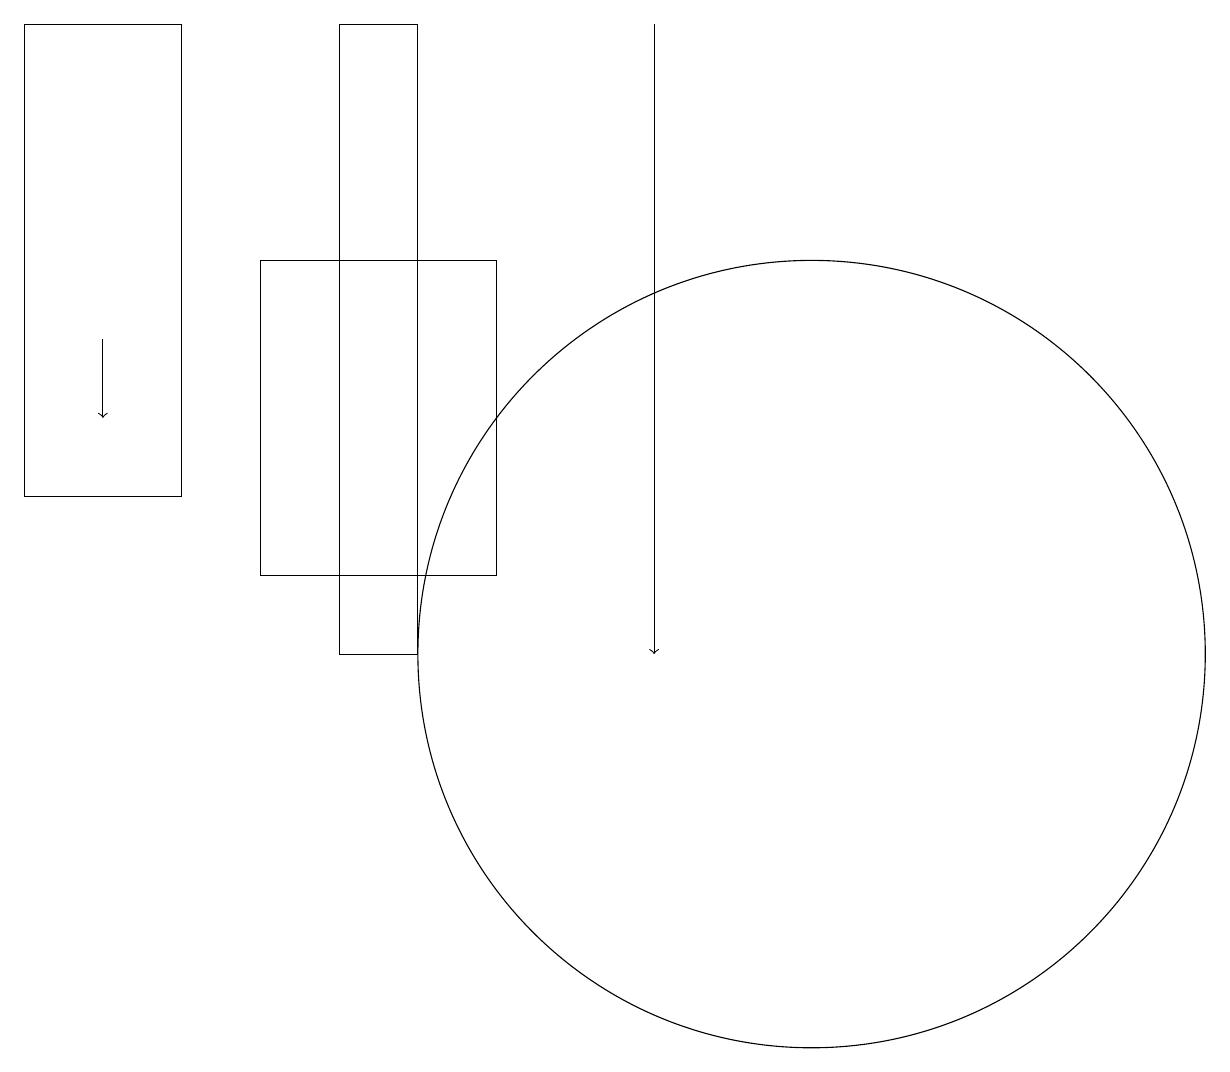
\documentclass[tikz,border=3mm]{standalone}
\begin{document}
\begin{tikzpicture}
\draw[->] (9,18) -- (9,10);
\draw (6,18) rectangle (5,10);
\draw (11,10) circle (5);
\draw (3,18) rectangle (1,12);
\draw[->] (2,14) -- (2,13);
\draw (4,11) rectangle (7,15);
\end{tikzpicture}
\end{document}